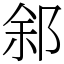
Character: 䣄